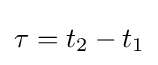
\tau =t_{2}-t_{1}